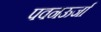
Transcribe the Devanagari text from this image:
पवनऊर्जा